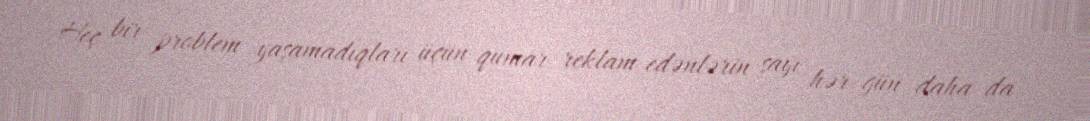
Heç bir problem yaşamadıqları üçün qumar reklam edənlərin sayı hər gün daha da